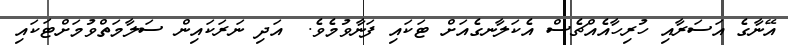
އޭނާގެ އަސަރާއި ހުރިހާއެއްޗެސް އެކަލާނގެއަށް ޓަކައި ފަނާވުމެވެ.  އަދި ނަރަކައިން ސަލާމަތްވުމަށްޓަކައި